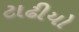
ટાઢીયો